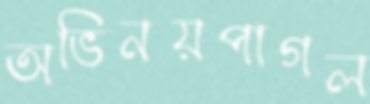
অভিনয়পাগল